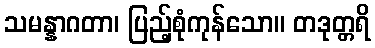
သမန္နာဂတာ၊ ပြည့်စုံကုန်သော။ တဒုတ္တရိ